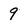
Character: 9